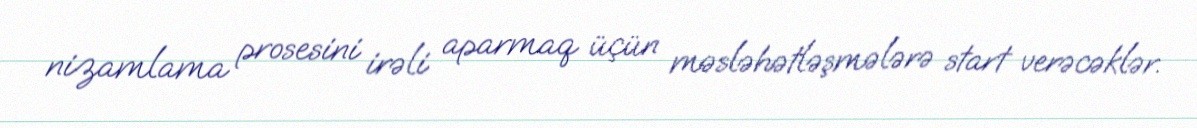
nizamlama prosesini irəli aparmaq üçün məsləhətləşmələrə start verəcəklər.